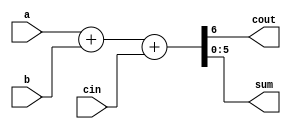
// This program was cloned from: https://github.com/tangxifan/micro_benchmark
// License: MIT License

// Creating a scaleable adder

module adder_6(cout, sum, a, b, cin);
output cout;
output [5:0] sum; 	 // sum uses the size parameter
input cin;
input [5:0] a, b;  // 'a' and 'b' use the size parameter

assign {cout, sum} = a + b + cin;

endmodule